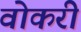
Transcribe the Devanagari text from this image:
वोकरी